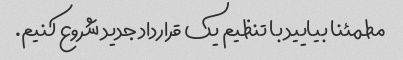
مطمئنا بیایید با تنظیم یک قرارداد جدید شروع کنیم.